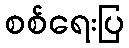
စစ်ရေးပြ